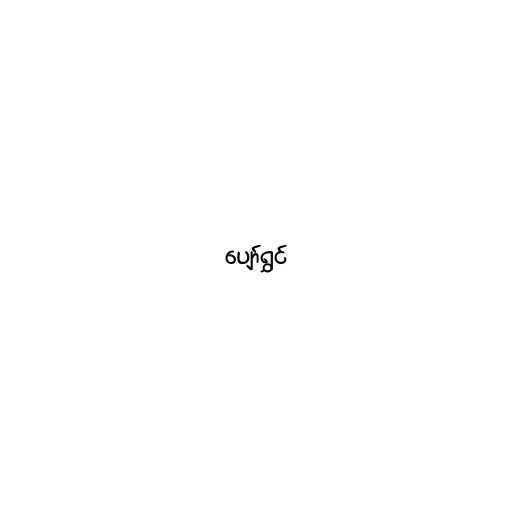
ပျော်ရွှင်